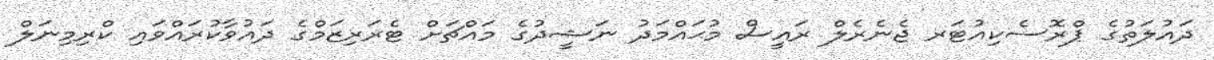
ދައުލަތުގެ ޕްރޮސެކިއުޓަރ ޖެނެރެލް ރައީސް މުޙައްމަދު ނަޝީދުގެ މައްޗަށް ޓެރަރިޒަމްގެ ދައުވާކުރައްވައި ކްރިމިނަލް